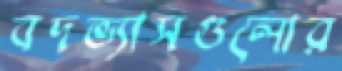
বদভ্যাসগুলোর